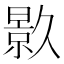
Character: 𭧟